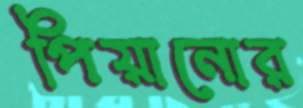
পিয়ানোর